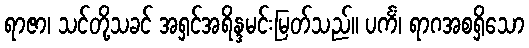
ရာဇာ၊ သင်တို့သခင် အရှင်အရိန္ဒမင်းမြတ်သည်။ ပင်္ကံ၊ ရာဂအစရှိသော